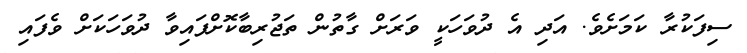
ސިފަކުރާ ކަމަށެވެ. އަދި އެ ދުވަހަކީ ވަރަށް ގާތުން ތަޖުރިބާކޮށްފައިވާ ދުވަހަކަށް ވެފައި